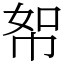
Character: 帤